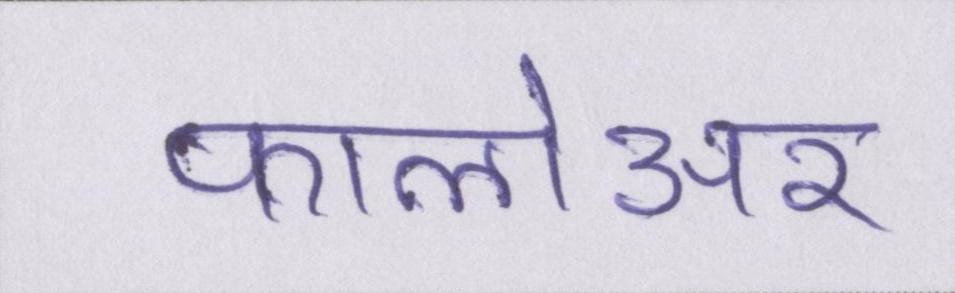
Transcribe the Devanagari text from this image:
फालोअर